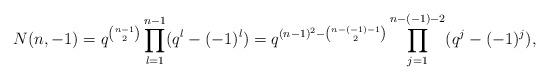
LaTeX: \begin{align*} N(n,-1)=q^{\binom{n-1}{2}}\prod^{n-1}_{l=1}(q^{l}-(-1)^{l})=q^{(n-1)^{2}-\binom{n-(-1)-1}{2}}\prod^{n-(-1)-2}_{j=1}(q^{j}-(-1)^{j}), \end{align*}